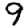
Digit: 9